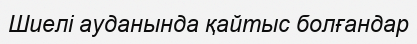
Шиелі ауданында қайтыс болғандар